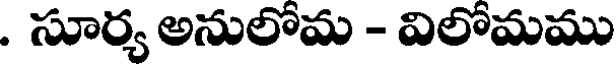
. సూర్య అనులోమ - విలోమము